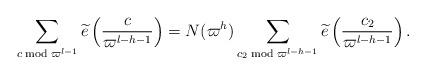
LaTeX: \begin{align*} \sum_{c \bmod {\varpi^{l-1}}}\widetilde{e}\left(\frac {c}{\varpi^{l-h-1}}\right) = N(\varpi^h) \sum_{c_2 \bmod {\varpi^{l-h-1}}}\widetilde{e} \left( \frac{c_2}{\varpi^{l-h-1}} \right).\end{align*}